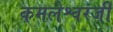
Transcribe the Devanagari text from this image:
कमलेश्वरजी